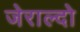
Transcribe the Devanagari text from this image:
जेराल्दो